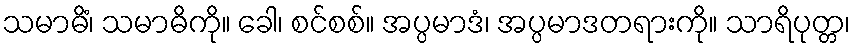
သမာဓိံ၊ သမာဓိကို။ ခေါ၊ စင်စစ်။ အပ္ပမာဒံ၊ အပ္ပမာဒတရားကို။ သာရိပုတ္တ၊